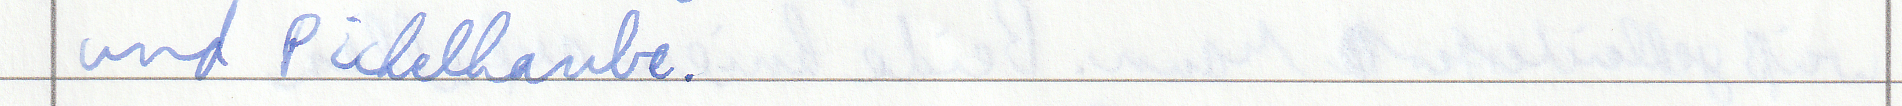
und Pickelhaube.